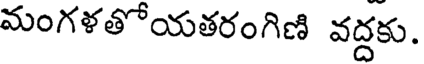
మంగళతోయతరంగిణి వద్దకు.